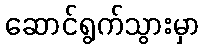
ဆောင်ရွက်သွားမှာ